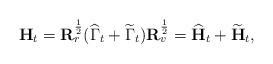
LaTeX: \begin{align*}\mathbf{H}_t = \mathbf{R}_r^{\frac{1}{2}} (\widehat{\Gamma}_{t} + \widetilde{\Gamma}_{t}) \mathbf{R}_v^{\frac{1}{2}} = \widehat{\mathbf{H}}_{t} + \widetilde{\mathbf{H}}_{t},\end{align*}